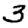
Digit: 3